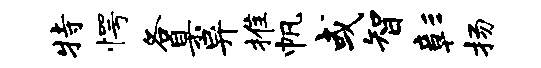
特愕各臬异推帆或智彰扬